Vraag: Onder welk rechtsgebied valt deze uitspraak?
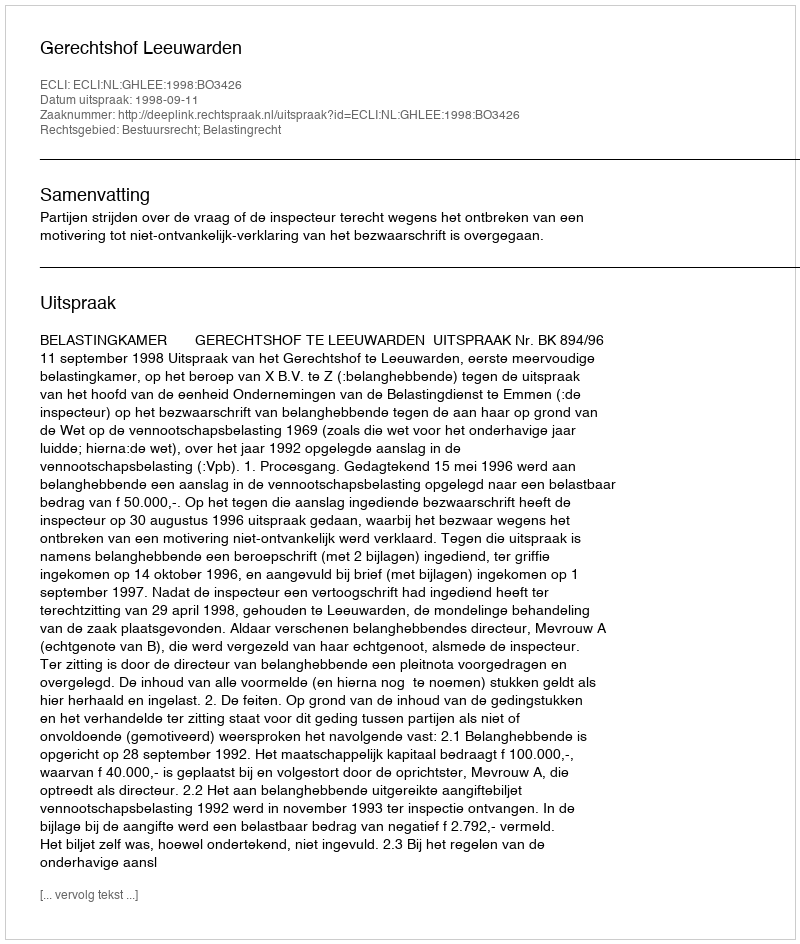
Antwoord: Bestuursrecht; Belastingrecht